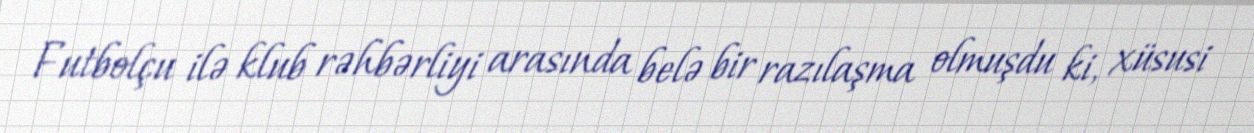
Futbolçu ilə klub rəhbərliyi arasında belə bir razılaşma olmuşdu ki, xüsusi